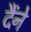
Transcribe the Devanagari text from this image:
दैंने